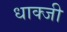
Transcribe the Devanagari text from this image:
धाक्जी